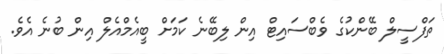
ތަފްސީލް ބޭންކުގެ ވެބްސައިޓް އިން ލިބޭނެ ކަމަށް ބީއެމްއެލް އިން ބުނެ އެވެ.